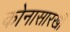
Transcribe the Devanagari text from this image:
कोनासारखी